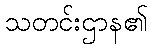
သတင်းဌာန၏